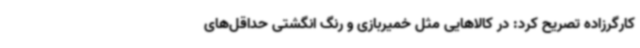
کارگرزاده تصریح کرد: در کالاهایی مثل خمیربازی و رنگ انگشتی حداقل‌های